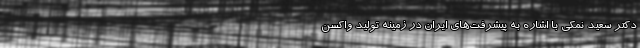
دکتر سعید نمکی با اشاره به پیشرفت‌های ایران در زمینه تولید واکسن